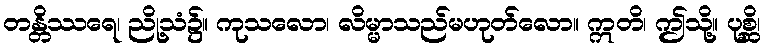
တန္တိဿရေ၊ ညို့သံ၌။ ကုသလော၊ လိမ္မာသည်မဟုတ်လော။ ဣတိ၊ ဤသို့။ ပုစ္ဆိ၊